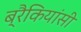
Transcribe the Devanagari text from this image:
ब्रैकियांसी